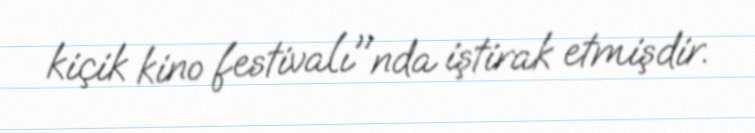
kiçik kino festivalı"nda iştirak etmişdir.